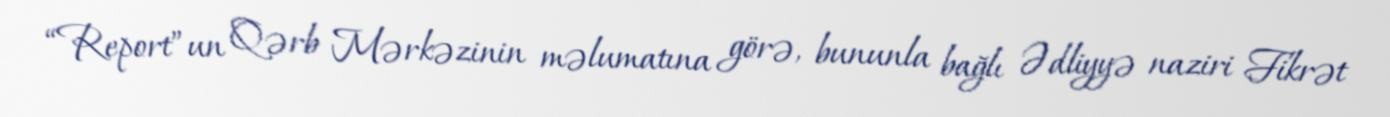
“Report”un Qərb Mərkəzinin məlumatına görə, bununla bağlı Ədliyyə naziri Fikrət